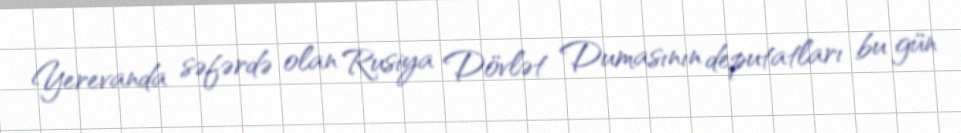
Yerevanda səfərdə olan Rusiya Dövlət Dumasının deputatları bu gün